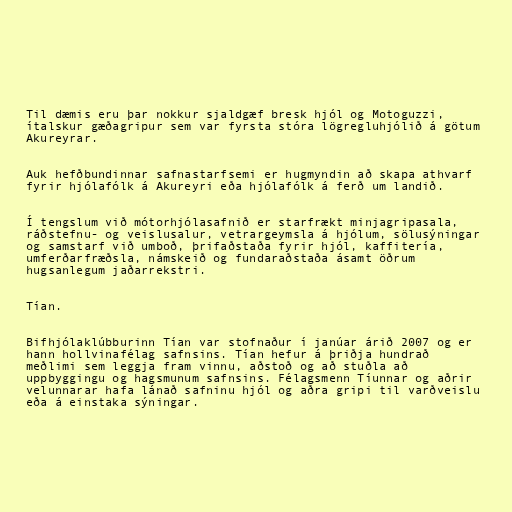
Til dæmis eru þar nokkur sjaldgæf bresk hjól og Motoguzzi,
ítalskur gæðagripur sem var fyrsta stóra lögregluhjólið á götum
Akureyrar.

Auk hefðbundinnar safnastarfsemi er hugmyndin að skapa athvarf
fyrir hjólafólk á Akureyri eða hjólafólk á ferð um landið.

Í tengslum við mótorhjólasafnið er starfrækt minjagripasala,
ráðstefnu- og veislusalur, vetrargeymsla á hjólum, sölusýningar
og samstarf við umboð, þrifaðstaða fyrir hjól, kaffitería,
umferðarfræðsla, námskeið og fundaraðstaða ásamt öðrum
hugsanlegum jaðarrekstri.

Tían.

Bifhjólaklúbburinn Tían var stofnaður í janúar árið 2007 og er
hann hollvinafélag safnsins. Tían hefur á þriðja hundrað
meðlimi sem leggja fram vinnu, aðstoð og að stuðla að
uppbyggingu og hagsmunum safnsins. Félagsmenn Tíunnar og aðrir
velunnarar hafa lánað safninu hjól og aðra gripi til varðveislu
eða á einstaka sýningar.